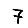
Digit: 7